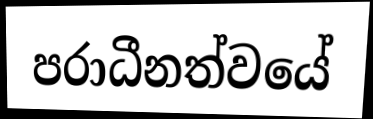
පරාධීනත්වයේ